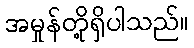
အမှုန်တို့ရှိပါသည်။